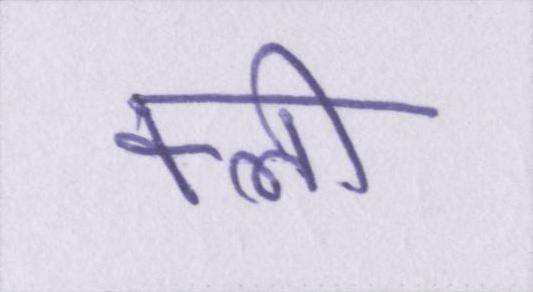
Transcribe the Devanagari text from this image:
क्ली